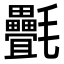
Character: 㲲